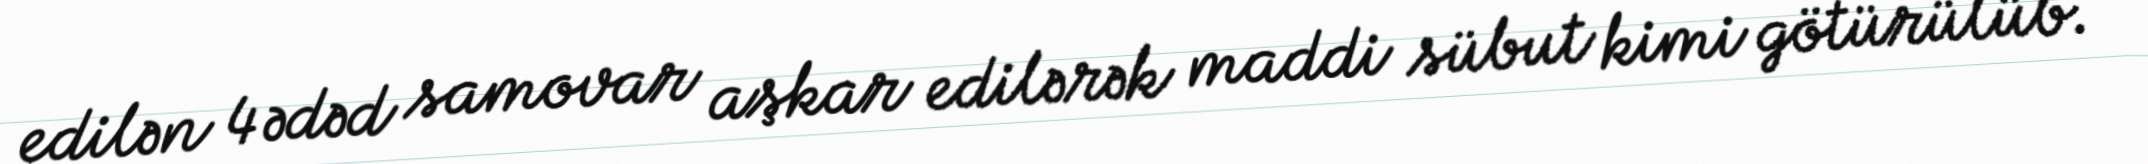
edilən 4 ədəd samovar aşkar edilərək maddi sübut kimi götürülüb.